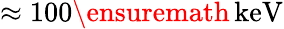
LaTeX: \approx 100\ensuremath{\, \mathrm{keV}}